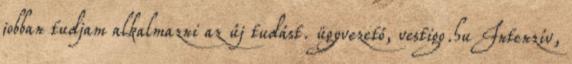
jobban tudjam alkalmazni az új tudást.​ ügyvezető, vestigo.hu Intenzív,